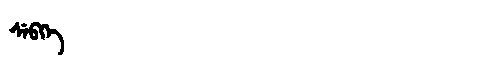
Manchu: ᠰᡝᠪᡴᡝ
Romanization: SEBKE